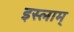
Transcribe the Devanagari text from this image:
इस्लाम्